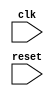
module timing_control_sync (
    input wire clk,
    input wire reset
);

// Clock signal generation
reg clk2x, clk_div2, clk_125MHz;

always @ (posedge clk or posedge reset)
begin
    if (reset)
    begin
        clk2x <= 1'b0;
        clk_div2 <= 1'b0;
        clk_125MHz <= 1'b0;
    end
    else
    begin
        clk2x <= ~clk2x;
        clk_div2 <= ~clk_div2;
        clk_125MHz <= clk_div2;
    end
end

// Delay circuits implementation
reg [7:0] delay_counter;

always @ (posedge clk_125MHz or posedge reset)
begin
    if (reset)
        delay_counter <= 8'b0;
    else if (delay_counter == 8'd255)
        delay_counter <= 8'b0;
    else
        delay_counter <= delay_counter + 1;
end

// Synchronization for data transfers
reg [31:0] data_reg1, data_reg2;
reg data_valid;

always @ (posedge clk_125MHz or posedge reset)
begin
    if (reset)
    begin
        data_reg1 <= 32'b0;
        data_reg2 <= 32'b0;
        data_valid <= 1'b0;
    end
    else
    begin
        data_reg1 <= data_reg2;
        data_reg2 <= data_in;
        data_valid <= 1'b1;
    end
end

endmodule